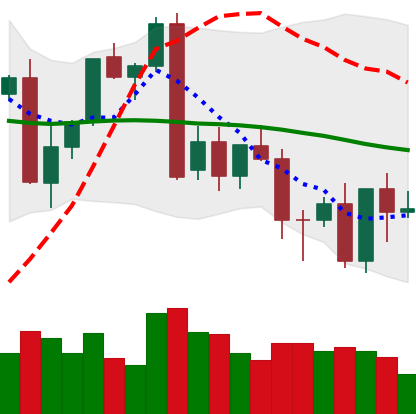
Ticker: XMR-USD
Chart end date: 2022-09-24
Forward return: 4.643%
Label: up_3_5